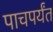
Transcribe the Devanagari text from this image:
पाचपर्यंत